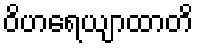
ဝိဟရေယျာထာတိ